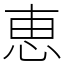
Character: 恵